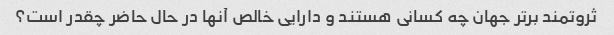
ثروتمند برتر جهان چه کسانی هستند و دارایی خالص آنها در حال حاضر چقدر است؟